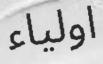
اولياء